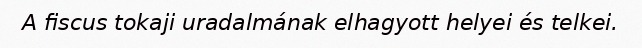
A fiscus tokaji uradalmának elhagyott helyei és telkei.